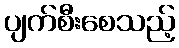
ပျက်စီးစေသည့်